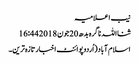
نیب اعلامیہ
ثنااللہ ناگرہ بدھ 20 جون 2018 16:44
اسلام آباد(اُردوپوائنٹ اخبارتازہ ترین۔